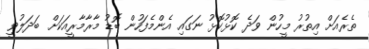
ތެރެއަށް އިތުރު މީހުން ވަދެ ކޮޅުކޮޅު ނަގައި އެންމެފަހުން ބޮޑު މާރާމާރީއަކަށް ބަދަލުވީ